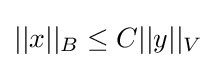
||x||_{B}\leq C||y||_{V}